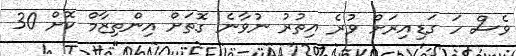
ވެސް ހަ ގަޑިއިރަށް ވުރެ އިތުރު ނުވާނެ ގޮތަށް އިންތިޒާމް ކޮށް 30